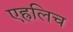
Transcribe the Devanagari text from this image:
एह्रलिच